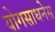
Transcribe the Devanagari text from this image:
योगसाधनेस